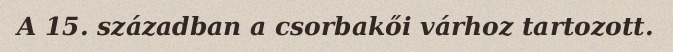
A 15. században a csorbakői várhoz tartozott.